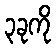
၃ခုကို